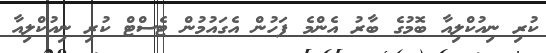
ކުރި ނިއުކްލިއާ ބޮމުގެ ބާރު އެންމެ ފަހުން އެގައުމުން ޓެސްޓް ކުރި ނިއުކްލިއާ